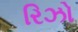
રિઝો